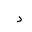
Letter: _dal